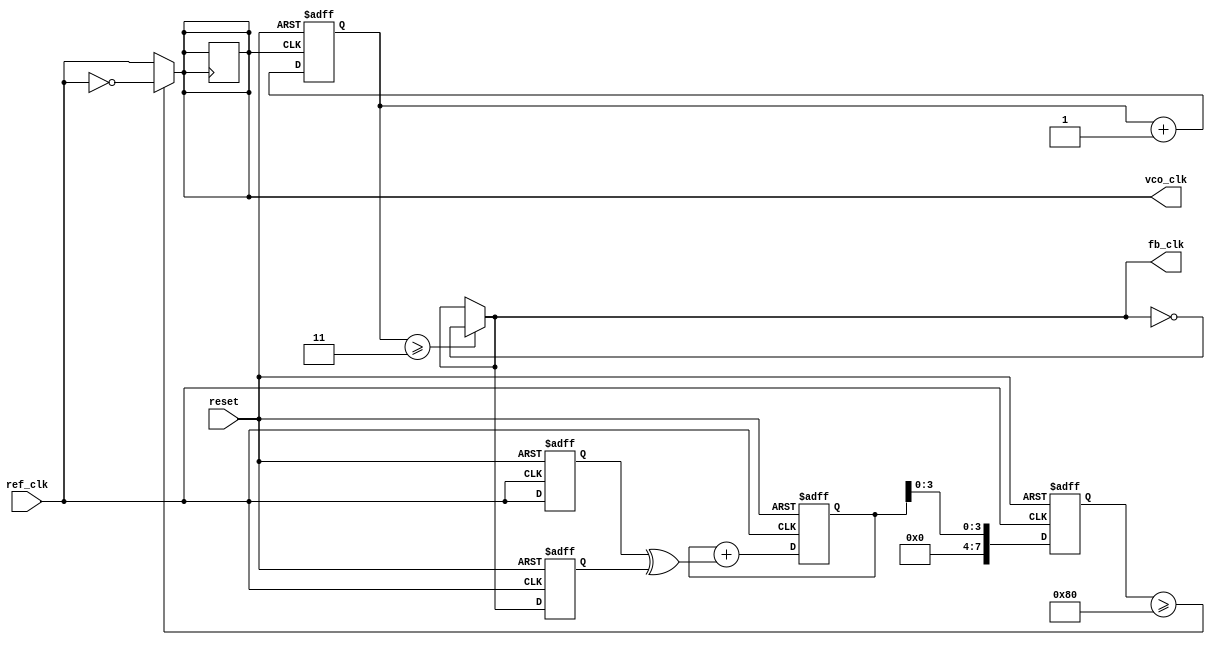
module pll (
    input wire ref_clk,          // Reference clock input
    input wire reset,           // Reset signal
    output wire vco_clk,        // VCO output clock
    output wire fb_clk          // Feedback clock signal
);

    // Parameters
    parameter DIV_RATIO = 4;    // Feedback divider ratio
    parameter N = 8;             // VCO control bits
    reg [N-1:0] vco_ctrl;        // Control signal for VCO

    // Phase Detector (PD)
    reg ref_clk_d, fb_clk_d;
    wire phase_error;            // Phase error output

    always @(posedge ref_clk or posedge reset) begin
        if (reset) begin
            ref_clk_d <= 1'b0;
            fb_clk_d <= 1'b0;
        end else begin
            ref_clk_d <= ref_clk;
            fb_clk_d <= fb_clk;
        end
    end

    assign phase_error = (ref_clk_d ^ fb_clk_d); // Simple XOR for phase detection

    // Loop Filter (Simple Low-Pass Filter)
    reg [N-1:0] loop_filter_out;
    always @(posedge ref_clk or posedge reset) begin
        if (reset) begin
            loop_filter_out <= 0;
        end else begin
            loop_filter_out <= loop_filter_out + {15'b0, phase_error}; // Simple filter design
        end
    end

    // Voltage-Controlled Oscillator (VCO)
    reg [N-1:0] vco_count;
    always @(posedge ref_clk or posedge reset) begin
        if (reset) begin
            vco_count <= 0;
        end else begin
            vco_count <= loop_filter_out[3:0]; // Control the VCO frequency
        end
    end

    assign vco_clk = (vco_count >= (1 << (N-1))) ? ~ref_clk : ref_clk; // VCO generation

    // Feedback Divider
    reg [N-1:0] fb_divider;
    always @(posedge vco_clk or posedge reset) begin
        if (reset) begin
            fb_divider <= 0;
        end else begin
            fb_divider <= fb_divider + 1;
        end
    end

    assign fb_clk = (fb_divider >= DIV_RATIO-1) ? ~fb_clk : fb_clk; // Feedback clock generation

    // Output Buffer (for drive strength)
    reg vco_buffer;
    always @(posedge vco_clk) begin
        vco_buffer <= vco_clk;
    end

    assign vco_clk = vco_buffer; // Buffered output clock

endmodule